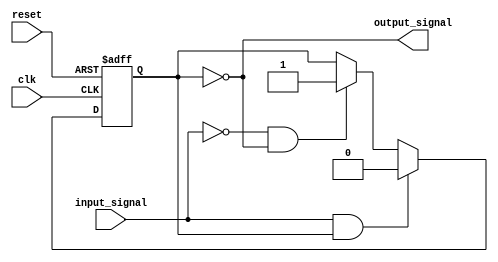
module Schmitt_trigger_inverter (
    input wire clk,
    input wire reset,
    input wire input_signal,
    output reg output_signal
);

parameter HIGH_TRIP = 1'b1; // Set the high trip point
parameter LOW_TRIP = 1'b0; // Set the low trip point

reg state;

always @(posedge clk or posedge reset) begin
    if (reset) begin
        state <= HIGH_TRIP; // Initialize state to high trip point
    end else begin
        if (input_signal && state == HIGH_TRIP) begin
            state <= LOW_TRIP; // Input signal is high, change state to low trip point
        end else if (!input_signal && state == LOW_TRIP) begin
            state <= HIGH_TRIP; // Input signal is low, change state to high trip point
        end else begin
            state <= state; // Maintain current state
        end
    end
end

assign output_signal = ~state;

endmodule